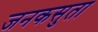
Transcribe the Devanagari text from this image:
जनकसुता